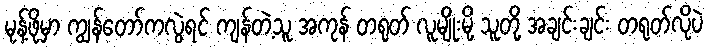
မုန့်ဖိုမှာ ကျွန်တော်ကလွဲရင် ကျန်တဲ့သူ အကုန် တရုတ် လူမျိုးမို့ သူတို့ အချင်းချင်း တရုတ်လိုပဲ